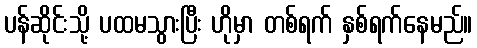
ပန်ဆိုင်းသို့ ပထမသွားပြီး ဟိုမှာ တစ်ရက် နှစ်ရက်နေမည်။